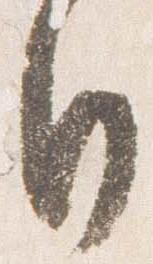
日